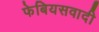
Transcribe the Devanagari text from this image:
फेबियसवादी